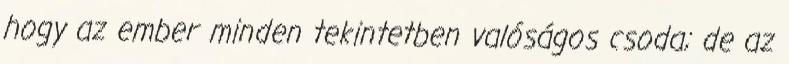
hogy az ember minden tekintetben valóságos csoda; de az